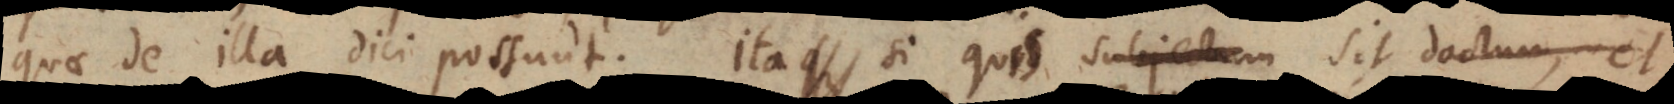
quae de illa dici possunt. Ita si quis sit robustus, et